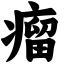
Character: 瘤